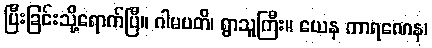
ပြီးခြင်းသို့ရောက်ပြီ။ ဂါမပတိ၊ ရွာသူကြီး။ ယေန ကာရဏေန၊